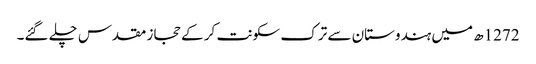
1272ھ میں ہندوستان سے ترک سکونت کر کے حجاز مقدس چلے گئے۔